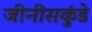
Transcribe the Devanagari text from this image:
जीनीसकुंडे